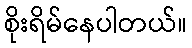
စိုးရိမ်နေပါတယ်။